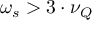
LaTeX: \omega _ { s } > 3 \cdot \nu _ { Q }